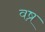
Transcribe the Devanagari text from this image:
वष्र